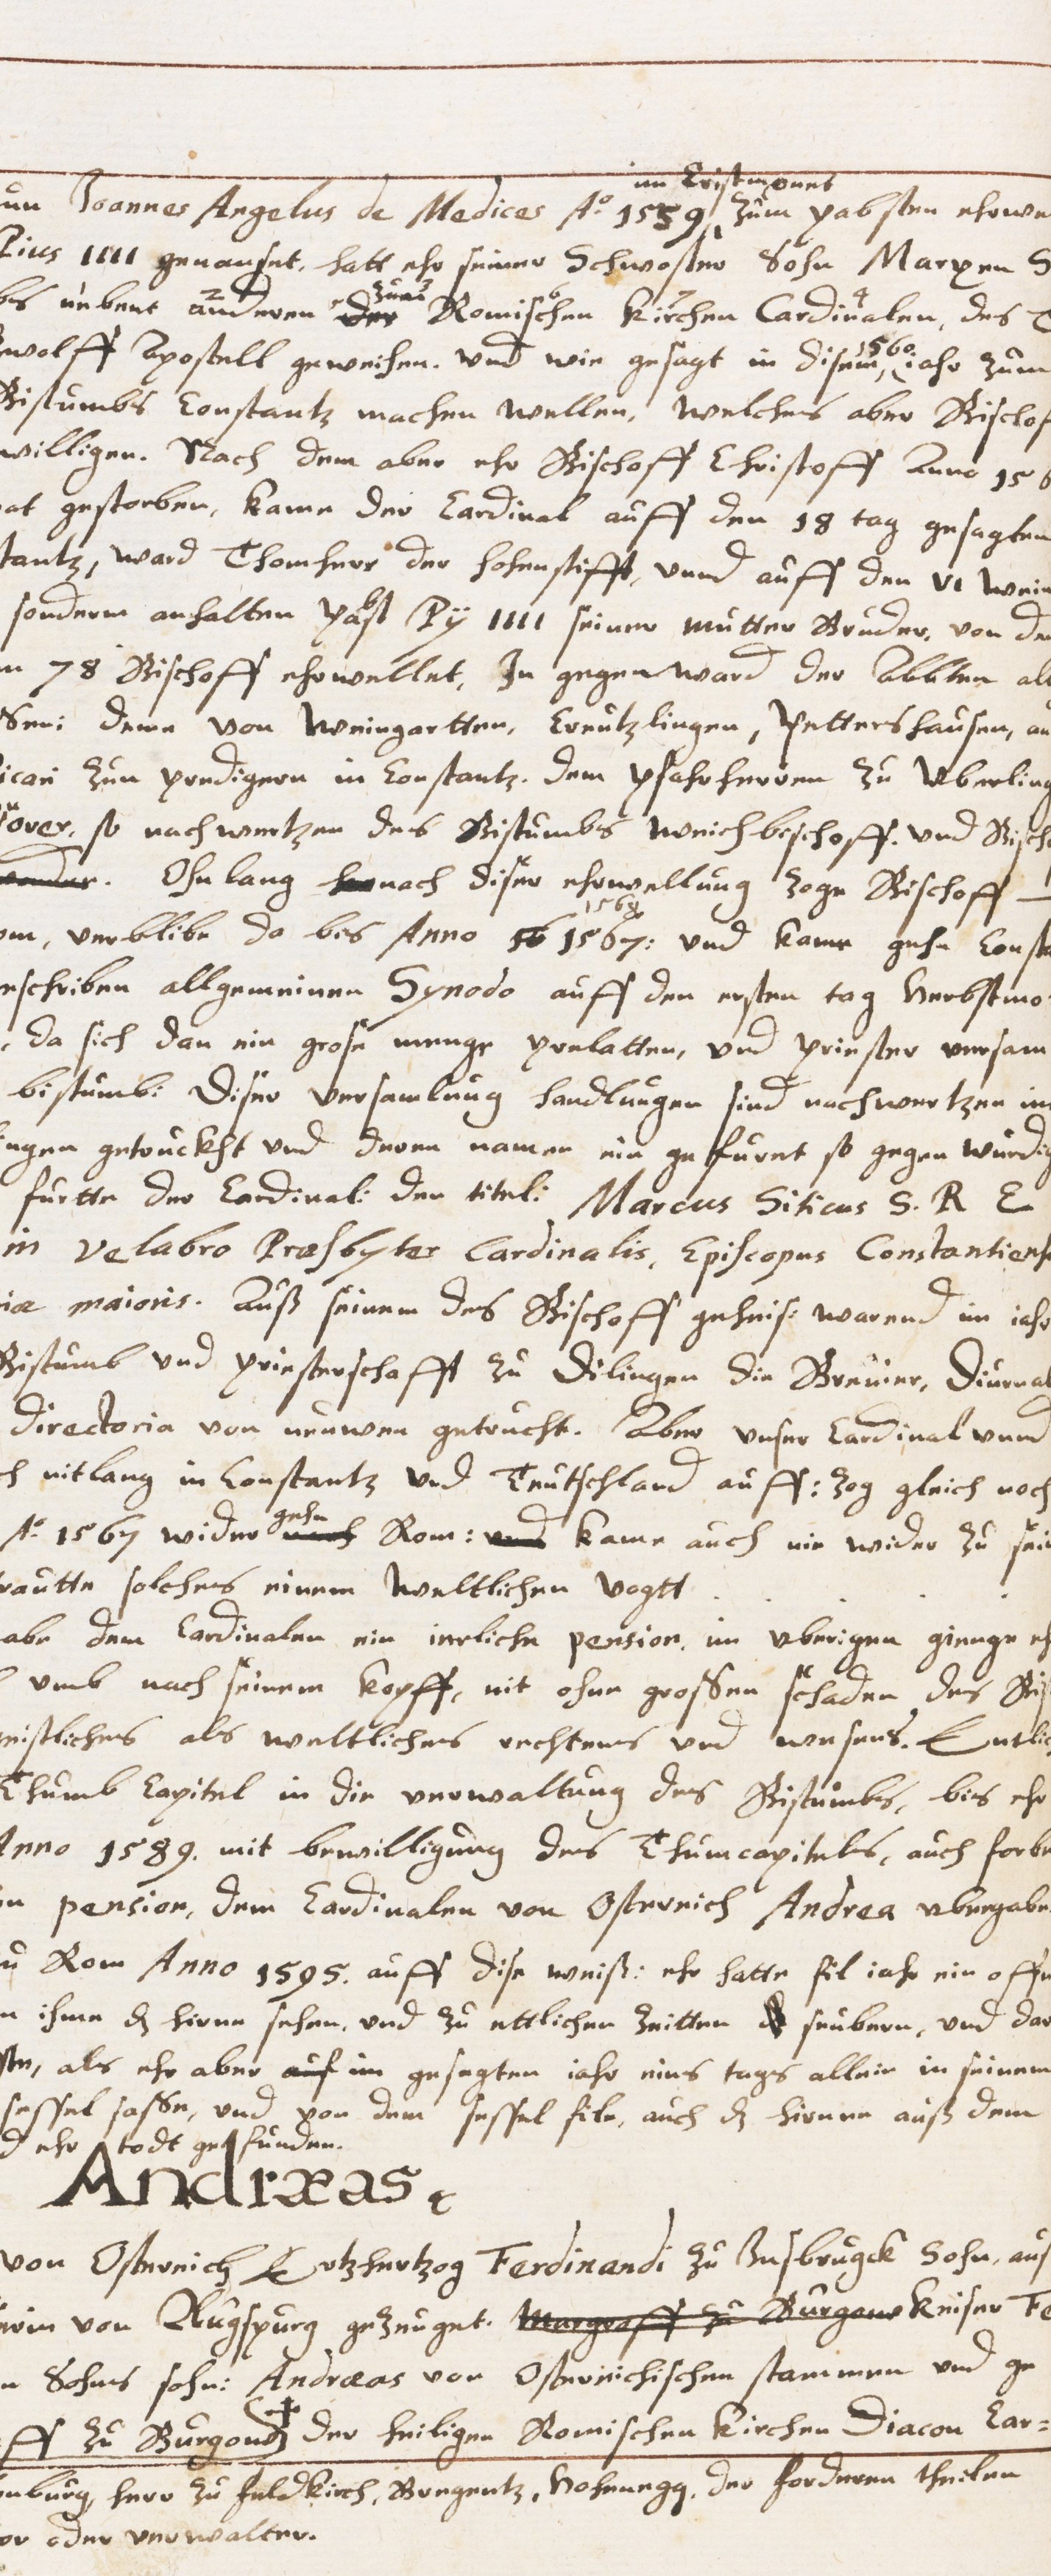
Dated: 1629–1659